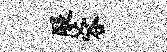
醍蓉